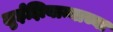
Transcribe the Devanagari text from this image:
लुईझियान्याच्या